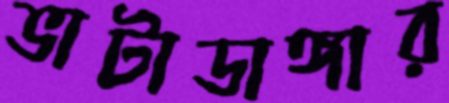
ভাটাডাঙ্গার